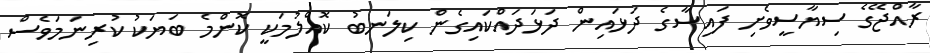
ރާއްޖޭގެ ސިޔާސީވެށި ފައިސާގެ ދަޅައިން ދަޅަދައްކައިގެން ކިލަނބު ކޮއްލުމަކީ ކޮންމެ ބަޔަކު ކުރިނަމަވެސް